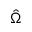
\hat { \Omega }